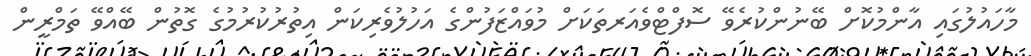
މާހައުލުގައި އާންމުކޮށް ބޭނުންކުރެވޭ ސޮފްޓްވެއަރތަކަށް މުވައްޒަފުންގެ އަހުލުވެރިކަން އިތުރުކުރުމުގެ ގޮތުން ބޭއްވޭ ތަމްރީން